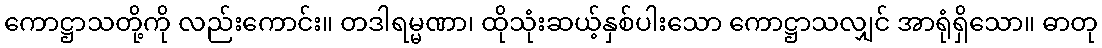
ကောဋ္ဌာသတို့ကို လည်းကောင်း။ တဒါရမ္မဏာ၊ ထိုသုံးဆယ့်နှစ်ပါးသော ကောဋ္ဌာသလျှင် အာရုံရှိသော။ ဓာတု